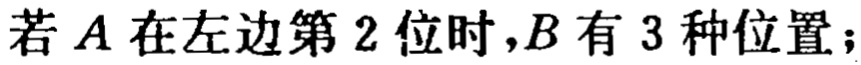
若 \(A\) 在左边第 \(2\) 位时，\(B\) 有 \(3\) 种位置；